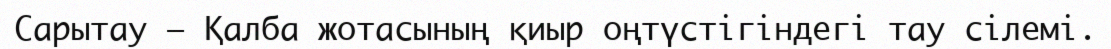
Сарытау – Қалба жотасының қиыр оңтүстігіндегі тау сілемі.